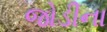
જોડીના